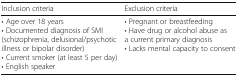
<table><thead><tr><td><b>Inclusion criteria</b></td><td><b>Exclusion criteria</b></td></tr></thead><tbody><tr><td>• Age over 18 years• Documented diagnosis of SMI (schizophrenia, delusional/psychotic illness or bipolar disorder)• Current smoker (at least 5 per day)• English speaker</td><td>• Pregnant or breastfeeding• Have drug or alcohol abuse as a current primary diagnosis• Lacks mental capacity to consent</td></tr></tbody></table>